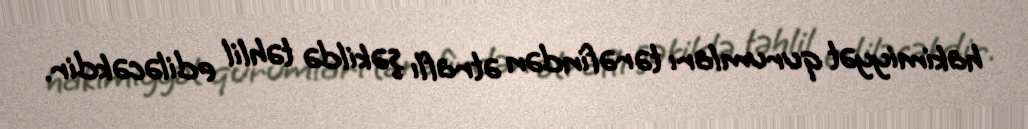
hakimiyyət qurumları tərəfindən ətraflı şəkildə təhlil ediləcəkdir.